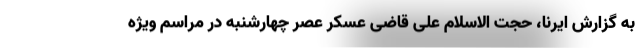
به گزارش ایرنا، حجت الاسلام علی قاضی عسکر عصر چهارشنبه در مراسم ویژه